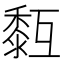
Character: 𪏳